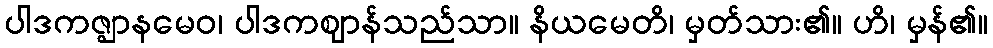
ပါဒကဇ္ဈာနမေဝ၊ ပါဒကဈာန်သည်သာ။ နိယမေတိ၊ မှတ်သား၏။ ဟိ၊ မှန်၏။